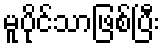
မူပိုင်သာဖြစ်ပြီး